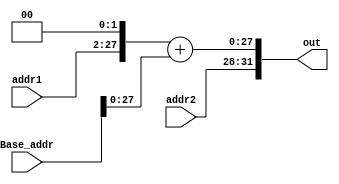
module Shift_left_2_concat
(
 input [25:0] addr1,
 input [3:0] addr2,
 input [31:0] Base_addr,
 output reg [31:0] out
);

 always @(addr1,addr2, Base_addr)
 begin
  out <= (addr1 << 2) + Base_addr;
  out[31:28] <= addr2[3:0];
 end
endmodule